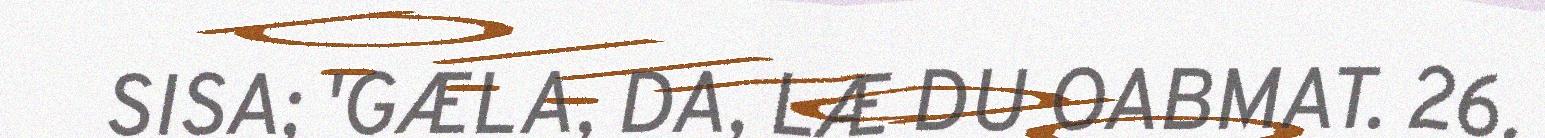
SISA; 'GÆLA, DA, LÆ DU OABMAT. 26.